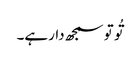
تُو تو سمجھ دارہے۔